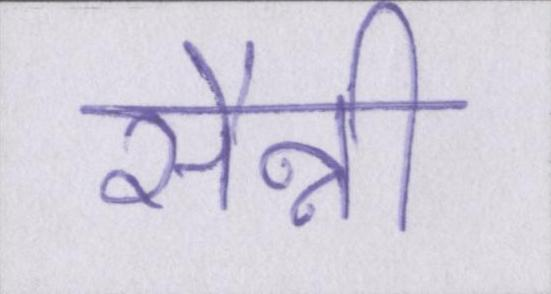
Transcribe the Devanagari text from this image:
सैन्नी